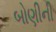
બોણીની